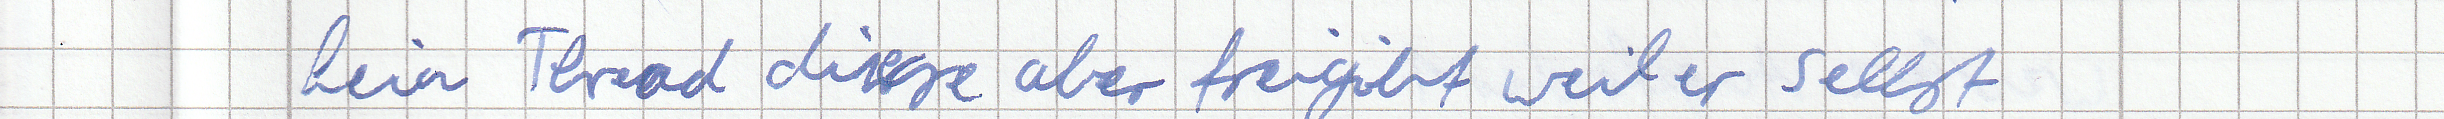
kein Thread diese aber freigibt weil er selbst